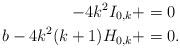
LaTeX: \begin{align*} -4 k^2 I_{0,k} + & = 0 \\b -4 k^2 (k + 1) H_{0,k} + & = 0.\end{align*}